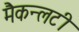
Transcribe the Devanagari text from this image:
मैकन्लटी